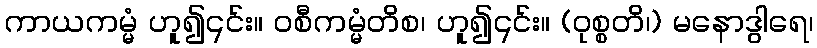
ကာယကမ္မံ ဟူ၍၎င်း။ ဝစီကမ္မံတိစ၊ ဟူ၍၎င်း။ (ဝုစ္စတိ၊) မနောဒွါရေ၊